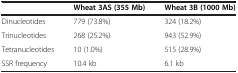
<table><thead><tr><td><b> </b></td><td><b>Wheat 3AS (355 Mb)</b></td><td><b>Wheat 3B (1000 Mb)</b></td></tr></thead><tbody><tr><td>Dinucleotides</td><td>779 (73.8%)</td><td>324 (18.2%)</td></tr><tr><td>Trinucleotides</td><td>268 (25.2%)</td><td>943 (52.9%)</td></tr><tr><td>Tetranucleotides</td><td>10 (1.0%)</td><td>515 (28.9%)</td></tr><tr><td>SSR frequency</td><td>10.4 kb</td><td>6.1 kb</td></tr></tbody></table>